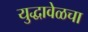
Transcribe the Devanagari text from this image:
युद्धावेळचा